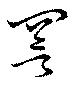
詈